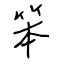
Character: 笨